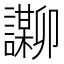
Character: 𬣌